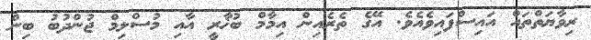
ރިވާޔަތްތައް އައިސްފައިވެއެވެ. އޭގެ ތެރެއިން އިމާމް ބުޚާރީ އާއި މުސްލިމް ޖުންދުބު ބިން